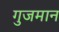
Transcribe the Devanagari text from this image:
गुजमान